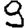
Digit: 9